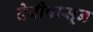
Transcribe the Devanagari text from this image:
देवीपासून